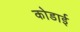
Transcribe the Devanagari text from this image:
कोडाई